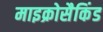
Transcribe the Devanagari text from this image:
माइक्रोसैकिंड